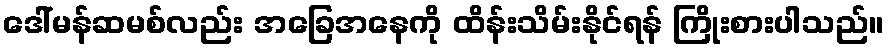
ဒေါ်မန်ဆမစ်လည်း အခြေအနေကို ထိန်းသိမ်းနိုင်ရန် ကြိုးစားပါသည်။